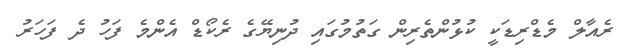
ރެއާލް މެޑްރިޑަކީ ކުޅުންތެރިން ގަތުމުގައި ދުނިޔޭގެ ރެކޯޑް އެންމެ ފަހު ދެ ފަހަރު